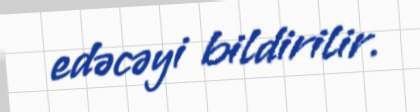
edəcəyi bildirilir.